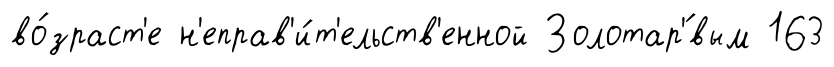
во́зраст'е н'еправ'и́т'ельств'енной Золотар'́вым 163